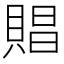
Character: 𧶧